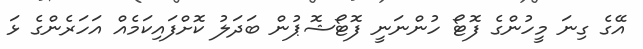
އޭގެ ގިނަ މީހުންގެ ފޮޓޯ ހުންނަނީ ފޮޓޯޝޮޕުން ބަދަލު ކޮށްފައިކަމެއް އަހަރެންގެ ޅަ